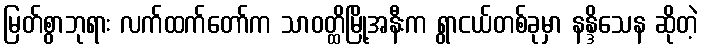
မြတ်စွာဘုရား လက်ထက်တော်က သာဝတ္ထိမြို့အနီးက ရွာငယ်တစ်ခုမှာ နန္ဒိသေန ဆိုတဲ့